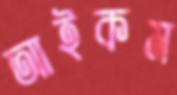
আইকম